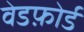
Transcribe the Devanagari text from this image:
वेडफ़ोर्ड